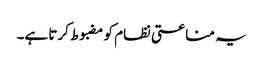
یہ مناعتی نظام کو مضبوط کرتا ہے۔